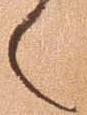
之